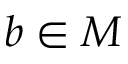
b \in M